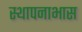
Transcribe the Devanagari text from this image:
स्थापनाभास